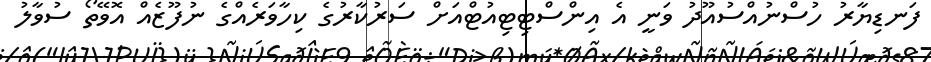
ފަނޑިޔާރު ހުސްނުއްސުއޫދު ވަނީ އެ އިންސްޓިޓިއުޓްއަށް ސަރުކާރުގެ ކިހާވަރެއްގެ ނުފޫޒެއް އޮވޭތޯ ސުވާލު